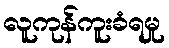
လူကုန်ကူးခံရမှု